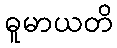
ဓူမာယတိ